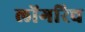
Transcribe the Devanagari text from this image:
लोंगरिच